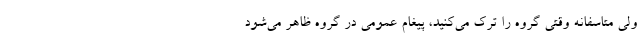
ولی متاسفانه وقتی گروه را ترک می‌کنید، پیغام عمومی در گروه ظاهر می‌شود